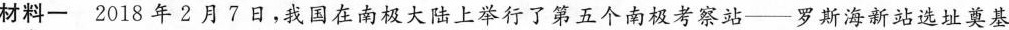
材料一 2018年2月7日，我国在南极大陆上举行了第五个南极考察站——罗斯海新站选址奠基